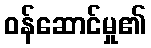
ဝန်ဆောင်မှု၏